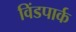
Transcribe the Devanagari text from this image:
विंडपार्क